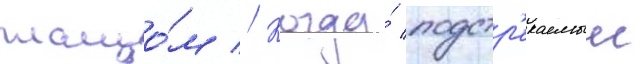
плащо́м // Когда́ подстр'екаемыи